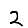
Digit: 2